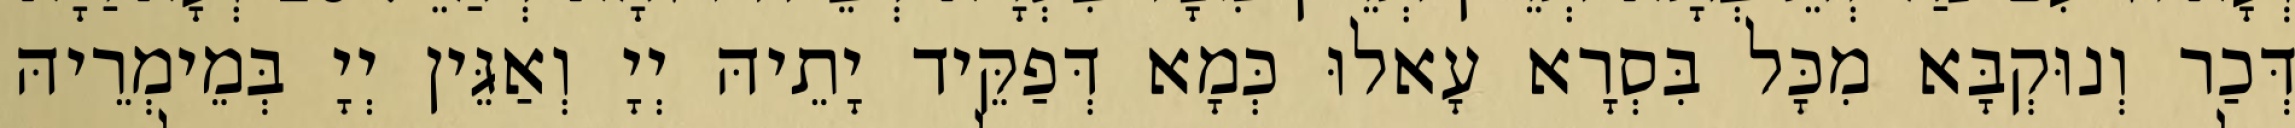
דְּכַר וְנוּקְבָּא מִכָּל בִּסְרָא עָאלוּ כְּמָא דְּפַקֵּיד יָתֵיהּ יְיָ וְאַגֵּין יְיָ בְּמֵימְרֵיהּ